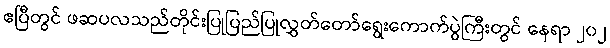
ဧပြီတွင် ဖဆပလသည်တိုင်းပြုပြည်ပြုလွှတ်တော်ရွေးကောက်ပွဲကြီးတွင် နေရာ ၂၀၂